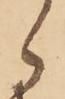
々